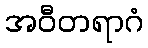
အဝီတရာဂံ